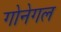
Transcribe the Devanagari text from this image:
गोनेगल